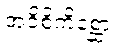
အဝိစိကိစ္ဆော